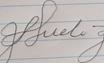
Signature authenticity: forged